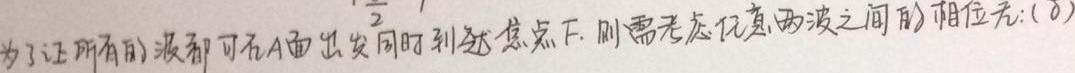
为了让所有的波都可在A面出发同时到达焦点F, 则需考虑任意两波之间的相位差(\(\delta\)) 。